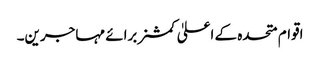
اقوام متحدہ کے اعلیٰ کمشنر برائے مہاجرین۔